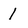
Character: 1